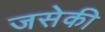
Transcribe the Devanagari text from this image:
जसेकी